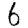
Digit: 6